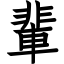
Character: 輩